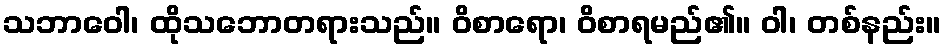
သဘာဝေါ၊ ထိုသဘောတရားသည်။ ဝိစာရော၊ ဝိစာရမည်၏။ ဝါ၊ တစ်နည်း။